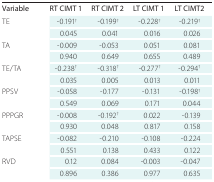
<table><thead><tr><td><b>Variable</b></td><td><b>RT CIMT 1</b></td><td><b>RT CIMT 2</b></td><td><b>LT CIMT 1</b></td><td><b>LT CIMT2</b></td></tr></thead><tbody><tr><td rowspan="2">TE</td><td>-0.191<sup>†</sup></td><td>-0.199<sup>†</sup></td><td>-0.228<sup>†</sup></td><td>-0.219<sup>†</sup></td></tr><tr><td>0.045</td><td>0.041</td><td>0.016</td><td>0.026</td></tr><tr><td rowspan="2">TA</td><td>-0.009</td><td>-0.053</td><td>0.051</td><td>0.081</td></tr><tr><td>0.940</td><td>0.649</td><td>0.655</td><td>0.489</td></tr><tr><td rowspan="2">TE/TA</td><td>-0.238<sup>†</sup></td><td>-0.318<sup>†</sup></td><td>-0.277<sup>†</sup></td><td>-0.294<sup>†</sup></td></tr><tr><td>0.035</td><td>0.005</td><td>0.013</td><td>0.011</td></tr><tr><td rowspan="2">PPSV</td><td>-0.058</td><td>-0.177</td><td>-0.131</td><td>-0.198<sup>†</sup></td></tr><tr><td>0.549</td><td>0.069</td><td>0.171</td><td>0.044</td></tr><tr><td rowspan="2">PPPGR</td><td>-0.008</td><td>-0.192<sup>†</sup></td><td>0.022</td><td>-0.139</td></tr><tr><td>0.930</td><td>0.048</td><td>0.817</td><td>0.158</td></tr><tr><td rowspan="2">TAPSE</td><td>-0.082</td><td>-0.210</td><td>-0.108</td><td>-0.224</td></tr><tr><td>0.551</td><td>0.138</td><td>0.433</td><td>0.122</td></tr><tr><td rowspan="2">RVD</td><td>0.12</td><td>0.084</td><td>-0.003</td><td>-0.047</td></tr><tr><td>0.896</td><td>0.386</td><td>0.977</td><td>0.635</td></tr></tbody></table>